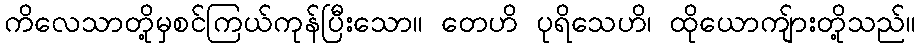
ကိလေသာတို့မှစင်ကြယ်ကုန်ပြီးသော။ တေဟိ ပုရိသေဟိ၊ ထိုယောကျ်ားတို့သည်။